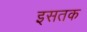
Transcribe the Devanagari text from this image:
इसतक